Senior Leaving Certificate Examination (including Day School Certificate (Higher) General paper), 1946
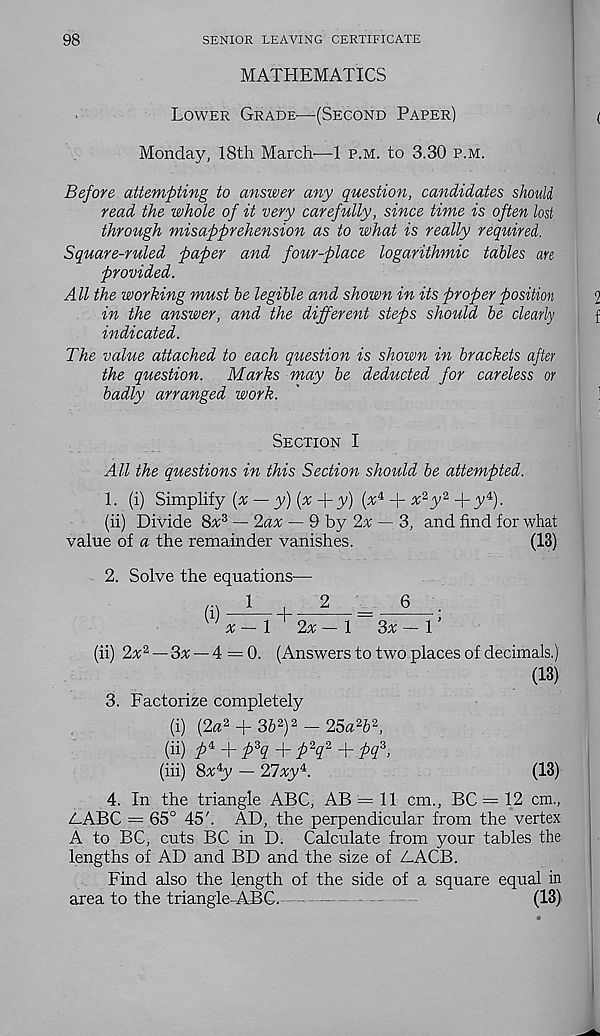
98
SENIOR LEAVING CERTIFICATE
MATHEMATICS
Lower Grade.—(Second Paper)
Monday, 18th March—1 p.m. to 3.30 p.m.
Before attempting to answer any question, candidates should
read the whole of it very carefully, since time is often lost
through misapprehension as to what is really required.
Square-ruled paper and four-place logarithmic tables an
provided.
All the working must be legible and shown in its proper position
in the answer, and the different steps should be clearly
indicated.
The value attached to each question is shown in brackets after
the question. Marks may be deducted for careless or
badly arranged work.
Section I
All the questions in this Section should be attempted.
1. (i) Simplify (^ — y) (%+y) (^4 +
2 +y 4 ).
(ii) Divide 8^3 — 2ax — 9 by 2% — 3, and find for what
value of a the remainder vanishes.
(18)
2. Solve the equations—
,..1,2
6
* - 1
2* - 1
3* - 1
(ii) 2x 2 — 3x — 4 = 0. (Answers to two places of decimals.)
(13)
3. Factorize completely
(i) (2# 2 + 36 2 ) 2 — 25a 2 b 2 ,
(ii) p i + p*q + p^q* + pq*,
(hi) 8a 4 y — 21xy i .
(13)
4. In the triangle ABC, AB = 11 cm., BC = 12 cm.,
2.ABC = 65° 45'. AD, the perpendicular from the vertex
A to BC, cuts BC in D. Calculate from your tables the
lengths of AD and BD and the size of AACB.
Find also the length of the side of a square equal in
area to the triangle ABC.
•
(13)